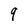
Character: 9